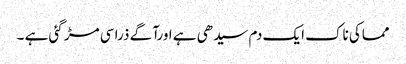
مماکی ناک ایک دم سیدھی ہے اورآگے ذرا سی مڑ گئی ہے ۔